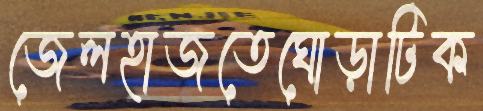
জেলহাজতেঘোড়াটিক